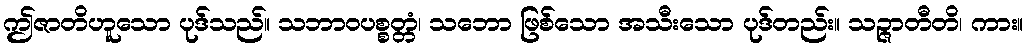
ဤဇာတိဟူသော ပုဒ်သည်။ သဘာဝပစ္စတ္တံ၊ သဘော ဖြစ်သော အသီးသော ပုဒ်တည်း။ သဉ္ဇာတီတိ၊ ကား။